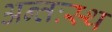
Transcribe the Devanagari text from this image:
अन्तःस्थ